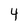
Character: 4